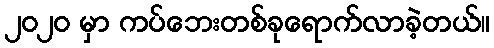
၂၀၂၀ မှာ ကပ်ဘေးတစ်ခုရောက်လာခဲ့တယ်။